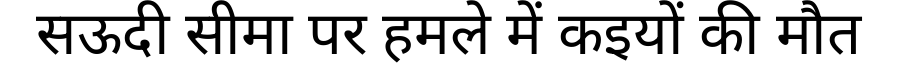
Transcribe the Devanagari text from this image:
सऊदी सीमा पर हमले में कइयों की मौत